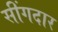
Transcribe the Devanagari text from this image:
सींगदार